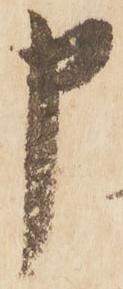
申